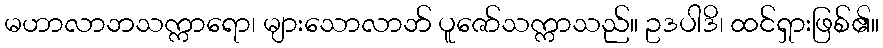
မဟာလာဘသက္ကာရော၊ များသောလာဘ် ပူဇော်သက္ကာသည်။ ဥဒပါဒိ၊ ထင်ရှားဖြစ်၏။